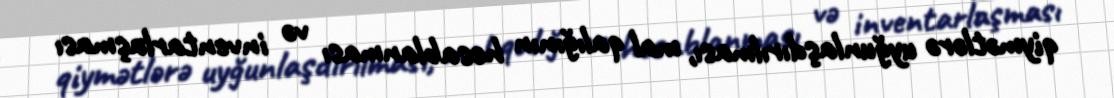
qiymətlərə uyğunlaşdırılması, mal qalığının hesablanması və inventarlaşması